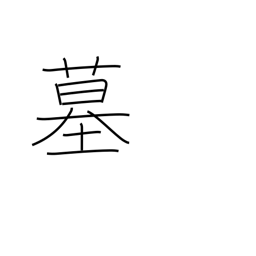
Meaning: grave